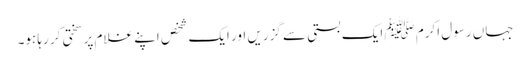
جہاں رسول اکرم ﷺ ایک بستی سے گزریں اور ایک شخص اپنے غلام پر سختی کر رہا ہو۔